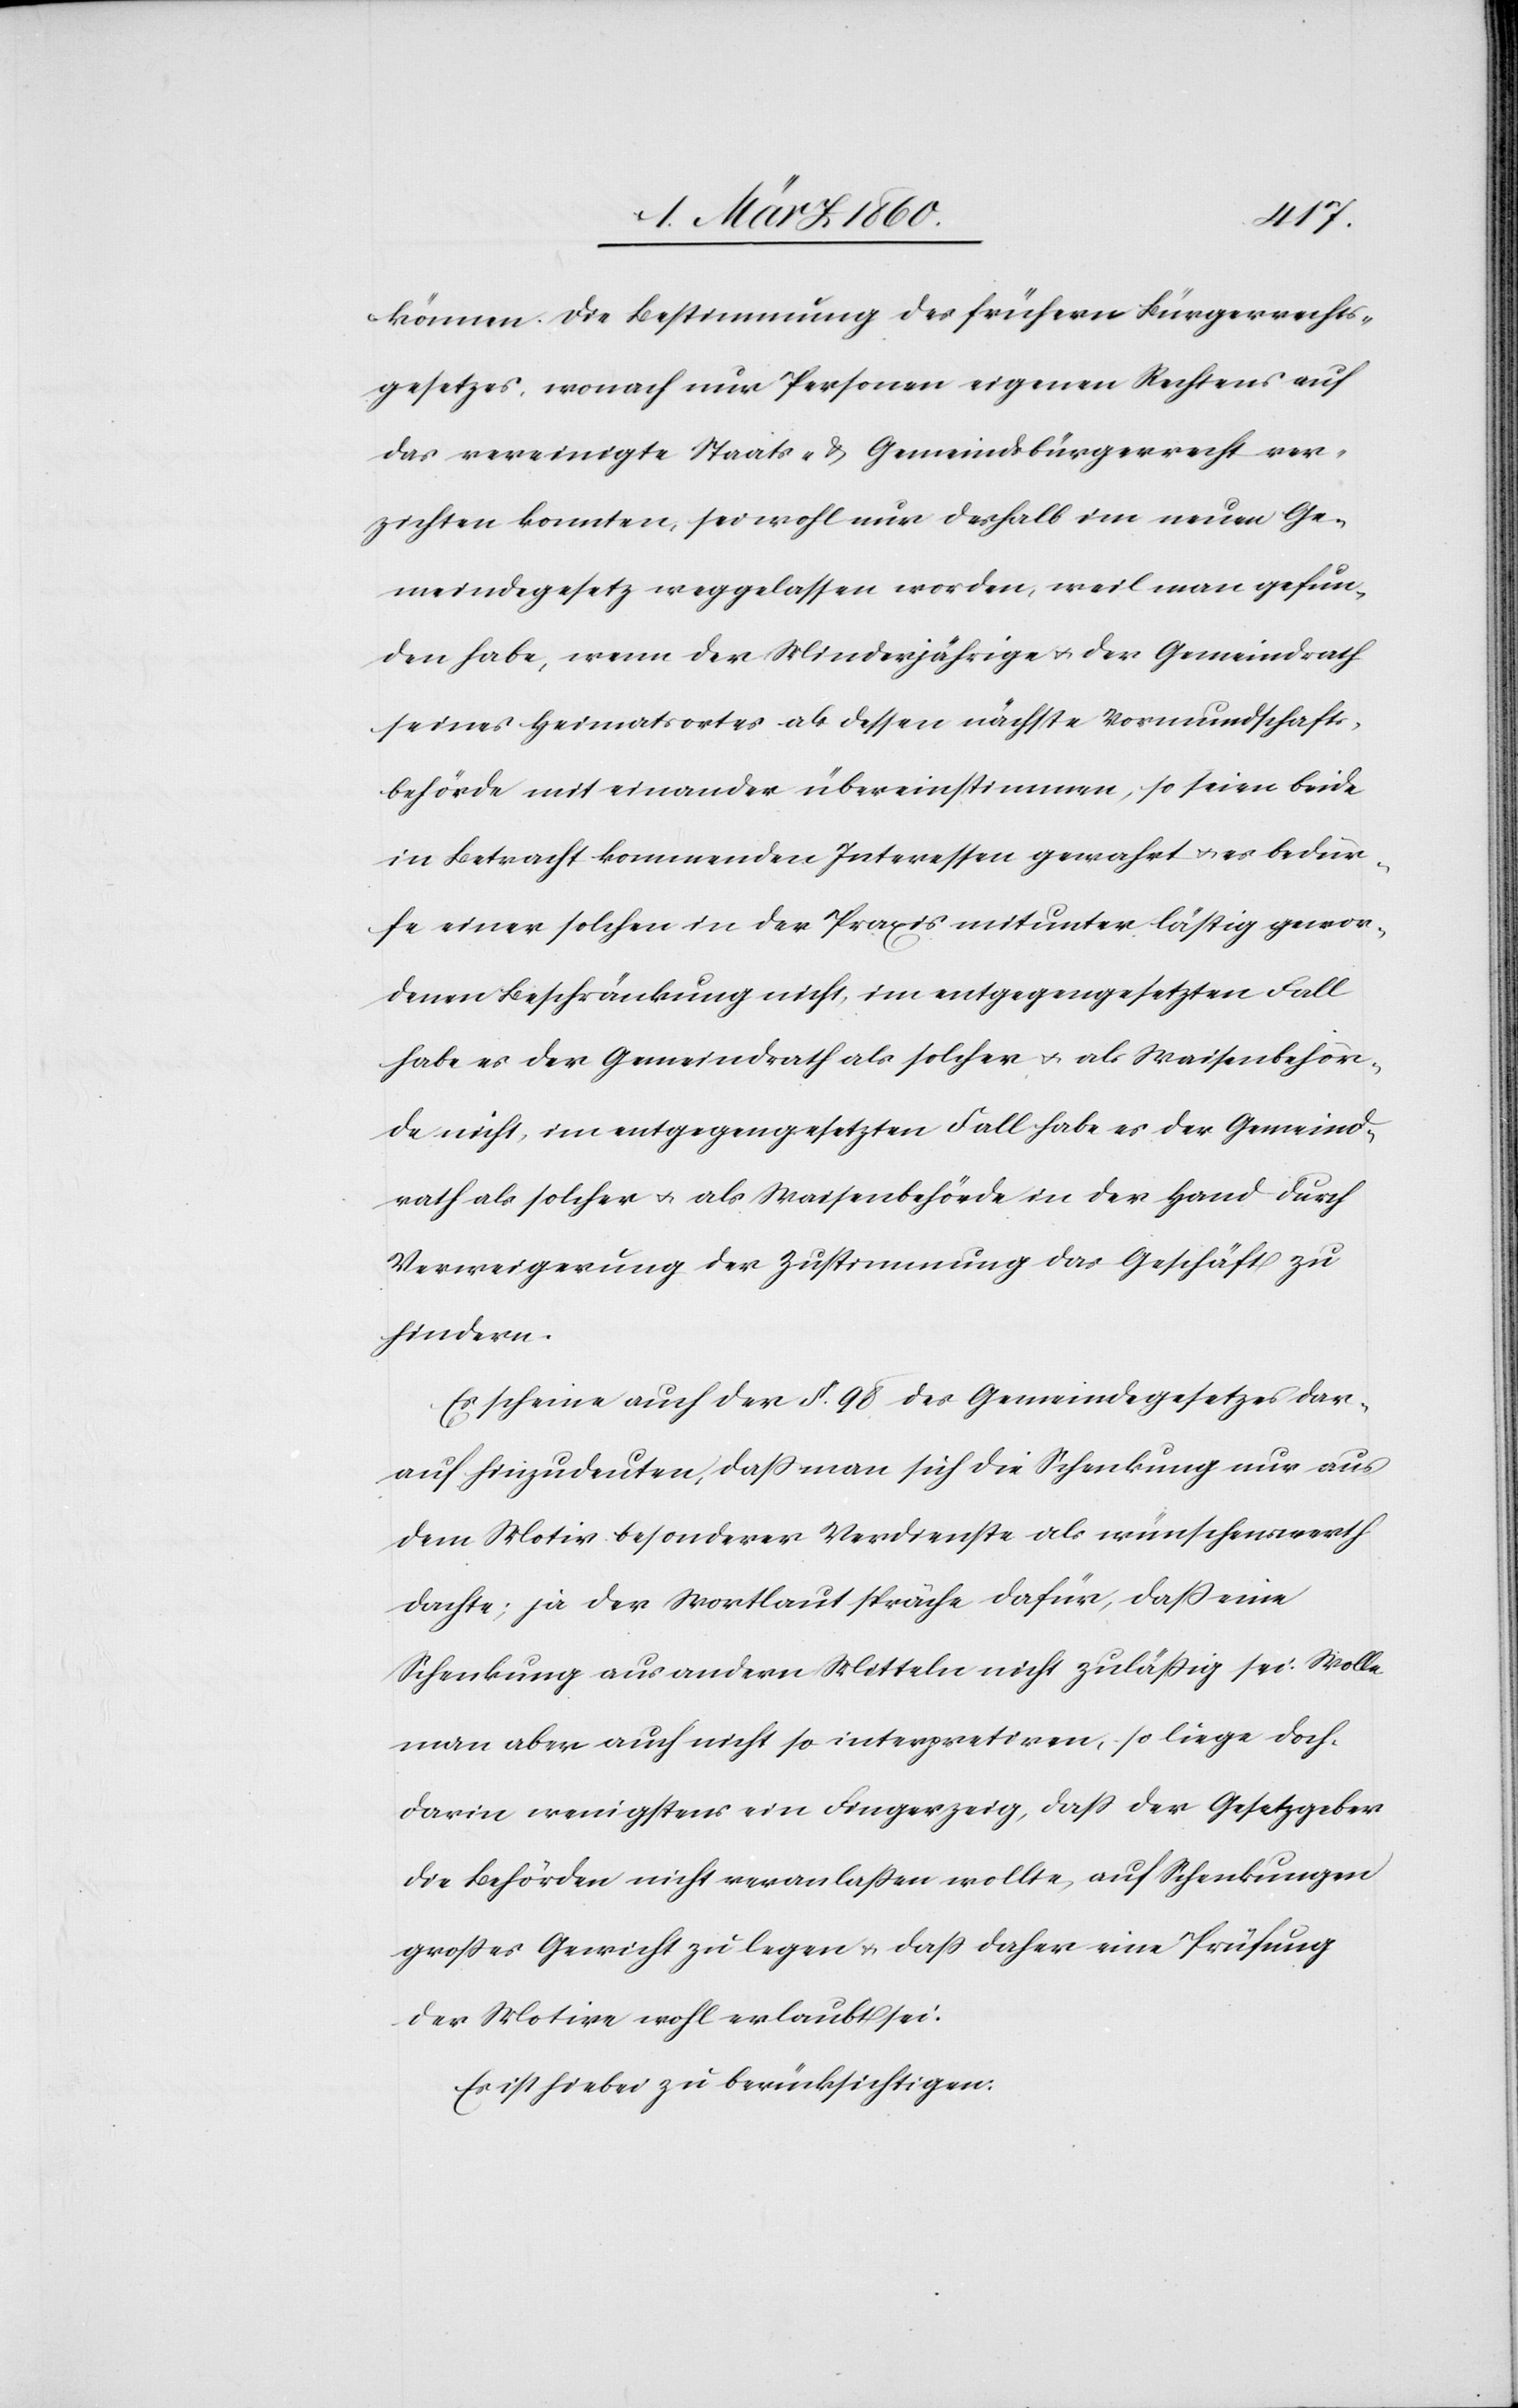
können. Die Bestimmung des frühern Bürgerrechts¬
gesetzes, wonach nur Personen eigenen Rechtens auf
das vereinigte Staats- u. Gemeindsbürgerrecht ver¬
zichten konnten, sei wohl nur deshalb im neuen Ge¬
meindegesetz weggelassen worden, weil man gefun¬
den habe, wenn der Minderjährige u. der Gemeindrath
seines Heimatortes als dessen nächste Vormundschafts¬
behörde mit einander übereinstimmen, so seien beide
in Betracht kommenden Interessen gewahrt u. es bedür¬
fe einer solchen in der Praxis mitunter lästig gewor¬
denen Beschränkung nicht, im entgegengesetzten Fall
habe es der Gemeindrath als solches u. als Waisenbehörde
Verweigerung der Zustimmung das Geschäfts zu
hindern.
Es scheine auch der §. 98. des Gemeindegesetzes dar¬
auf hinzudeuten, dass man sich die Schenkung nur aus
dem Motiv besonderer Verdienste als wünschenswerth
dachte; ja er Wortlaut spräche dafür, dass eine
Schenkung aus andern Mitteln nicht zulässig sei. Wolle
man aber auch nicht so interpretiren, so liege doch
darin wenigstens ein Fingerzeig, dass der Gesetzgeber
die Behörden nicht veranlassen wollte, auf Schenkungen
grosses Gewicht zu legen u. dass daher eine Prüfung
der Motive wohl erlaubt sei.
Es ist hiebei zu berücksichtigen: